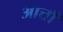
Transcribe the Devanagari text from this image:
आत्ताँ